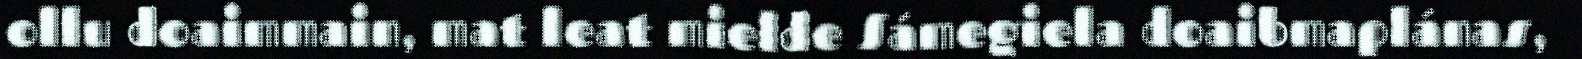
ollu doaimmain, mat leat mielde Sámegiela doaibmaplánas,